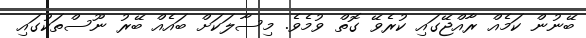
ބޭނުން ކަމެއް ރާއްޖޭގައި ކުރެވޭ ގޮތް ވުމެވެ. މިސާލަކަށް ބައެއް ބޭރު ނޫސްތަކުގައި